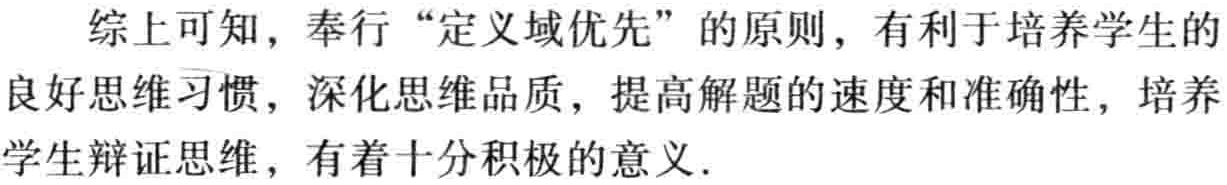
综上可知，奉行“定义域优先”的原则，有利于培养学生的良好思维习惯，深化思维品质，提高解题的速度和准确性，培养学生辩证思维，有着十分积极的意义.